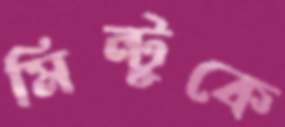
মিন্টুকে